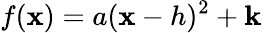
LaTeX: f(\mathbf{x})=a(\mathbf{x}-h)^{2}+\mathbf{k}\,